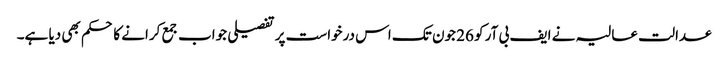
عدالت عالیہ نے ایف بی آر کو 26 جون تک اس درخواست پر تفصیلی جواب جمع کرانے کا حکم بھی دیا ہے۔